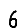
Digit: 6